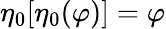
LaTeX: \eta_{0}[\eta_{0}(\varphi)]=\varphi